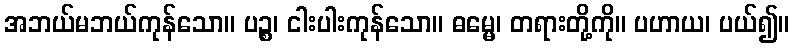
အဘယ်မဘယ်ကုန်သော။ ပဉ္စ၊ ငါးပါးကုန်သော။ ဓမ္မေ၊ တရားတို့ကို။ ပဟာယ၊ ပယ်၍။